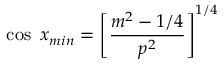
\cos \ x _ { m i n } = \left[ \frac { m ^ { 2 } - 1 / 4 } { p ^ { 2 } } \right] ^ { 1 / 4 }